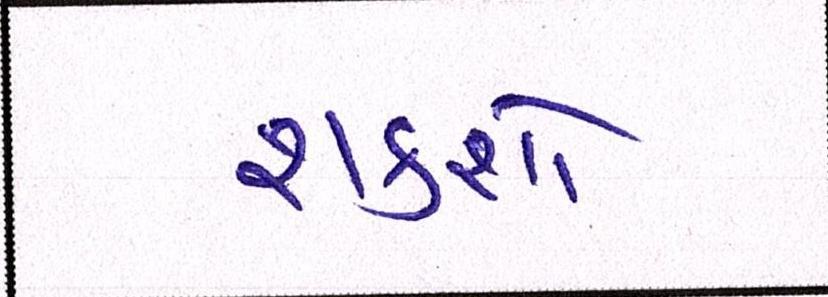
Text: શકશો